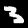
Digit: 3